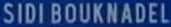
SIDI BOUKNADEL